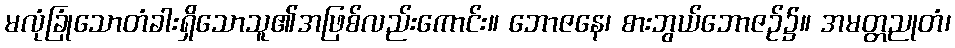
မလုံခြုံသောတံခါးရှိသောသူ၏အဖြစ်လည်းကောင်း။ ဘောဇနေ၊ စားဘွယ်ဘောဇဉ်၌။ အမတ္တညုတံ၊